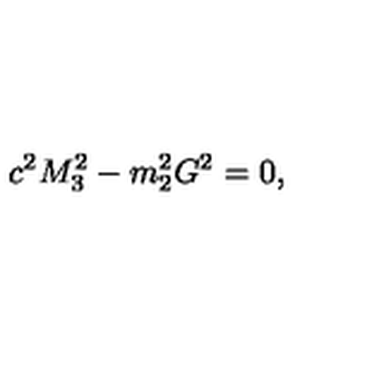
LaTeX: c ^ { 2 } M _ { 3 } ^ { 2 } - m _ { 2 } ^ { 2 } G ^ { 2 } = 0 ,